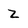
Character: Z